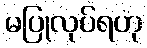
မပြုလုပ်ရဟု